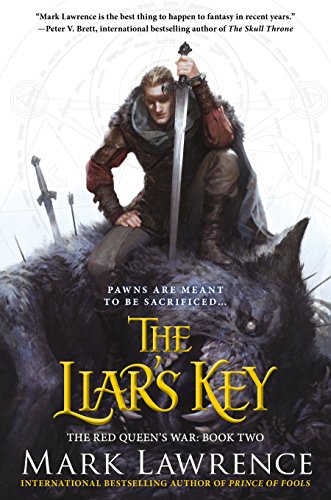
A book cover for The Liar's Key: The Red Queen's War; Mark Lawrence; Literature & Fiction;